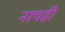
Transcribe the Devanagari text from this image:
नाचही